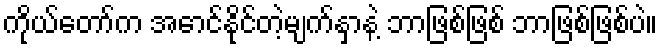
ကိုယ်တော်က အောင်နိုင်တဲ့မျက်နှာနဲ့ ဘာဖြစ်ဖြစ် ဘာဖြစ်ဖြစ်ပဲ။